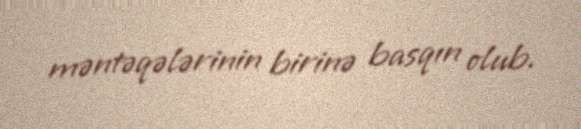
məntəqələrinin birinə basqın olub.